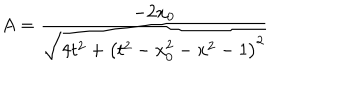
LaTeX: A = \frac { - 2 x _ { 0 } } { \sqrt { 4 t ^ { 2 } + \left( t ^ { 2 } - x _ { 0 } ^ { 2 } - x ^ { 2 } - 1 \right) ^ { 2 } } }